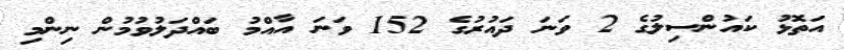
އަތޮޅު ކައުންސިލުގެ 2 ވަނަ ދައުރުގެ 152 ވަނަ އާއްމު ބައްދަލުވުމުން ނިންމި